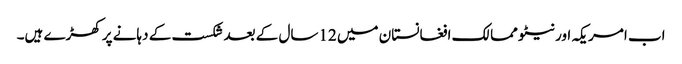
اب امریکہ اور نیٹو ممالک افغانستان میں 12سال کے بعد شکست کے دہانے پر کھڑے ہیں۔